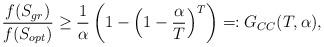
LaTeX: \begin{align*}\frac{f(S_{gr})}{f(S_{opt})}\ge \frac{1}{\alpha}\left(1-\left(1-\frac{\alpha}{T}\right)^{T}\right) =: G_{CC}(T,\alpha),\end{align*}